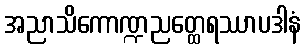
အညာသိကောဏ္ဍညတ္ထေရဿာပဒါနံ